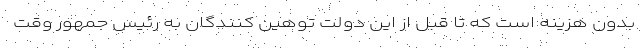
بدون هزینه است که تا قبل از این دولت توهین کنندگان به رئیس جمهور وقت